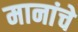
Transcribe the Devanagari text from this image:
मानांचे